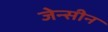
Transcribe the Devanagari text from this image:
जेन्सीन